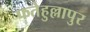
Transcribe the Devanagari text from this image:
फतेहुल्लापुर